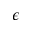
\epsilon